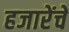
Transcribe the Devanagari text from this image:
हजारेंचे